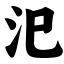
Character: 汜